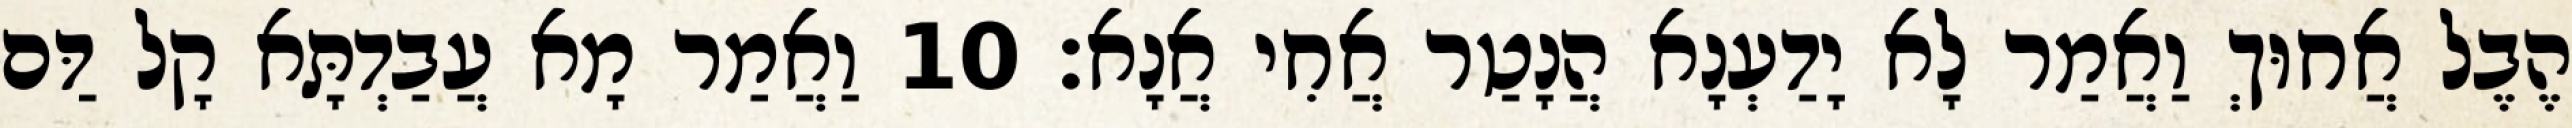
הֶבֶל אֲחוּךְ וַאֲמַר לָא יָדַעְנָא הֲנָטַר אֲחִי אֲנָא׃ 10 וַאֲמַר מָא עֲבַדְתָּא קָל דַּם